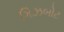
ગિઝબોટ